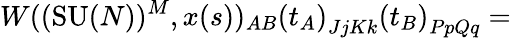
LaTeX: W((\textrm{SU}(N))^{M},x(s))_{AB}\left(t_{A}\right)_{JjKk}\left(t_{B}\right)_{PpQq}=